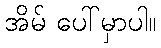
အိမ် ပေါ်မှာပါ။